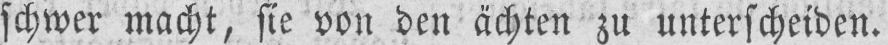
schwer macht, sie von den ächten zu unterscheiden.